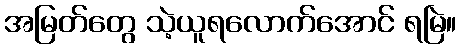
အမြတ်တွေ သဲ့ယူရလောက်အောင် ရမြဲ။